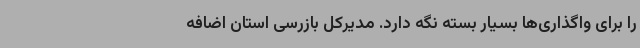
را برای واگذاری‌ها بسیار بسته نگه دارد. مدیرکل بازرسی استان اضافه